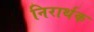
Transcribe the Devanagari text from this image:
निरार्थक